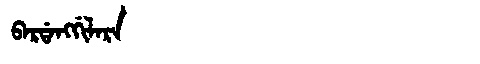
Manchu: ᠪᠠᡵᡩᠠᠩᡤᡳᠯᠠᡵᠠ
Romanization: BARDANGGILARA